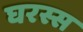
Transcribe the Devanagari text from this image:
घरस्स